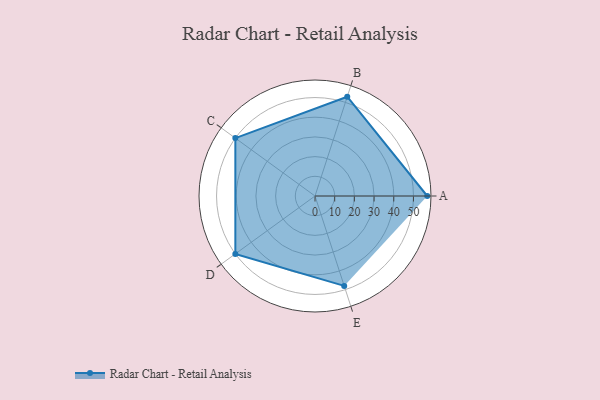
{"axis": {"x": "Skill", "y": "Score"}, "legend": ["Profile"], "data": [{"x": "A", "y": 57.0, "type": "Profile"}, {"x": "B", "y": 53.0, "type": "Profile"}, {"x": "C", "y": 50.0, "type": "Profile"}, {"x": "D", "y": 50.0, "type": "Profile"}, {"x": "E", "y": 48.0, "type": "Profile"}]}